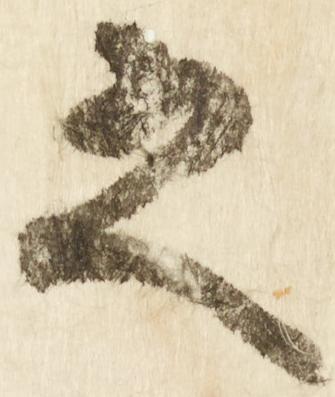
之